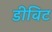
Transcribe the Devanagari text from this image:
डीविट